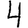
Digit: 4